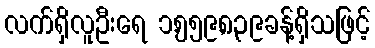
လက်ရှိလူဦးရေ ၁,၅၅၉,၈၃၉ခန့်ရှိသဖြင့်